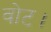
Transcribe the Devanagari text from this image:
वोट।